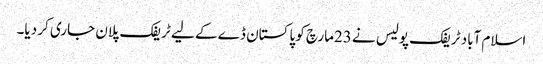
اسلام آباد ٹریفک پولیس نے 23مارچ کو پاکستان ڈے کے لیے ٹریفک پلان جاری کر دیا۔